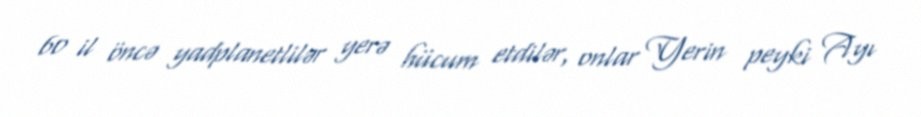
60 il öncə yadplanetlilər yerə hücum etdilər, onlar Yerin peyki Ayı